Vaccination in Bombay 1863-1868 - 1863-1868
Year: 1863
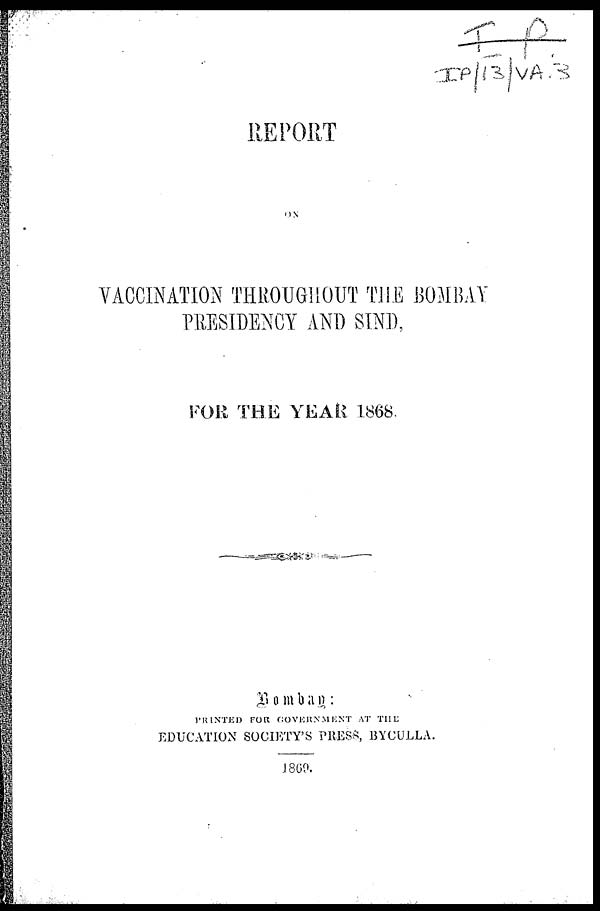
REPORT
ON
VACCINATION THROUGHOUT THE BOMBAY
PRESIDENCY AND SIND,
FOR THE YEAR 1868
Bombay:
PRINTED FOR GOVERNMENT AT THE
EDUCATION SOCIETY'S PRESS, BYCULLA.
1869.